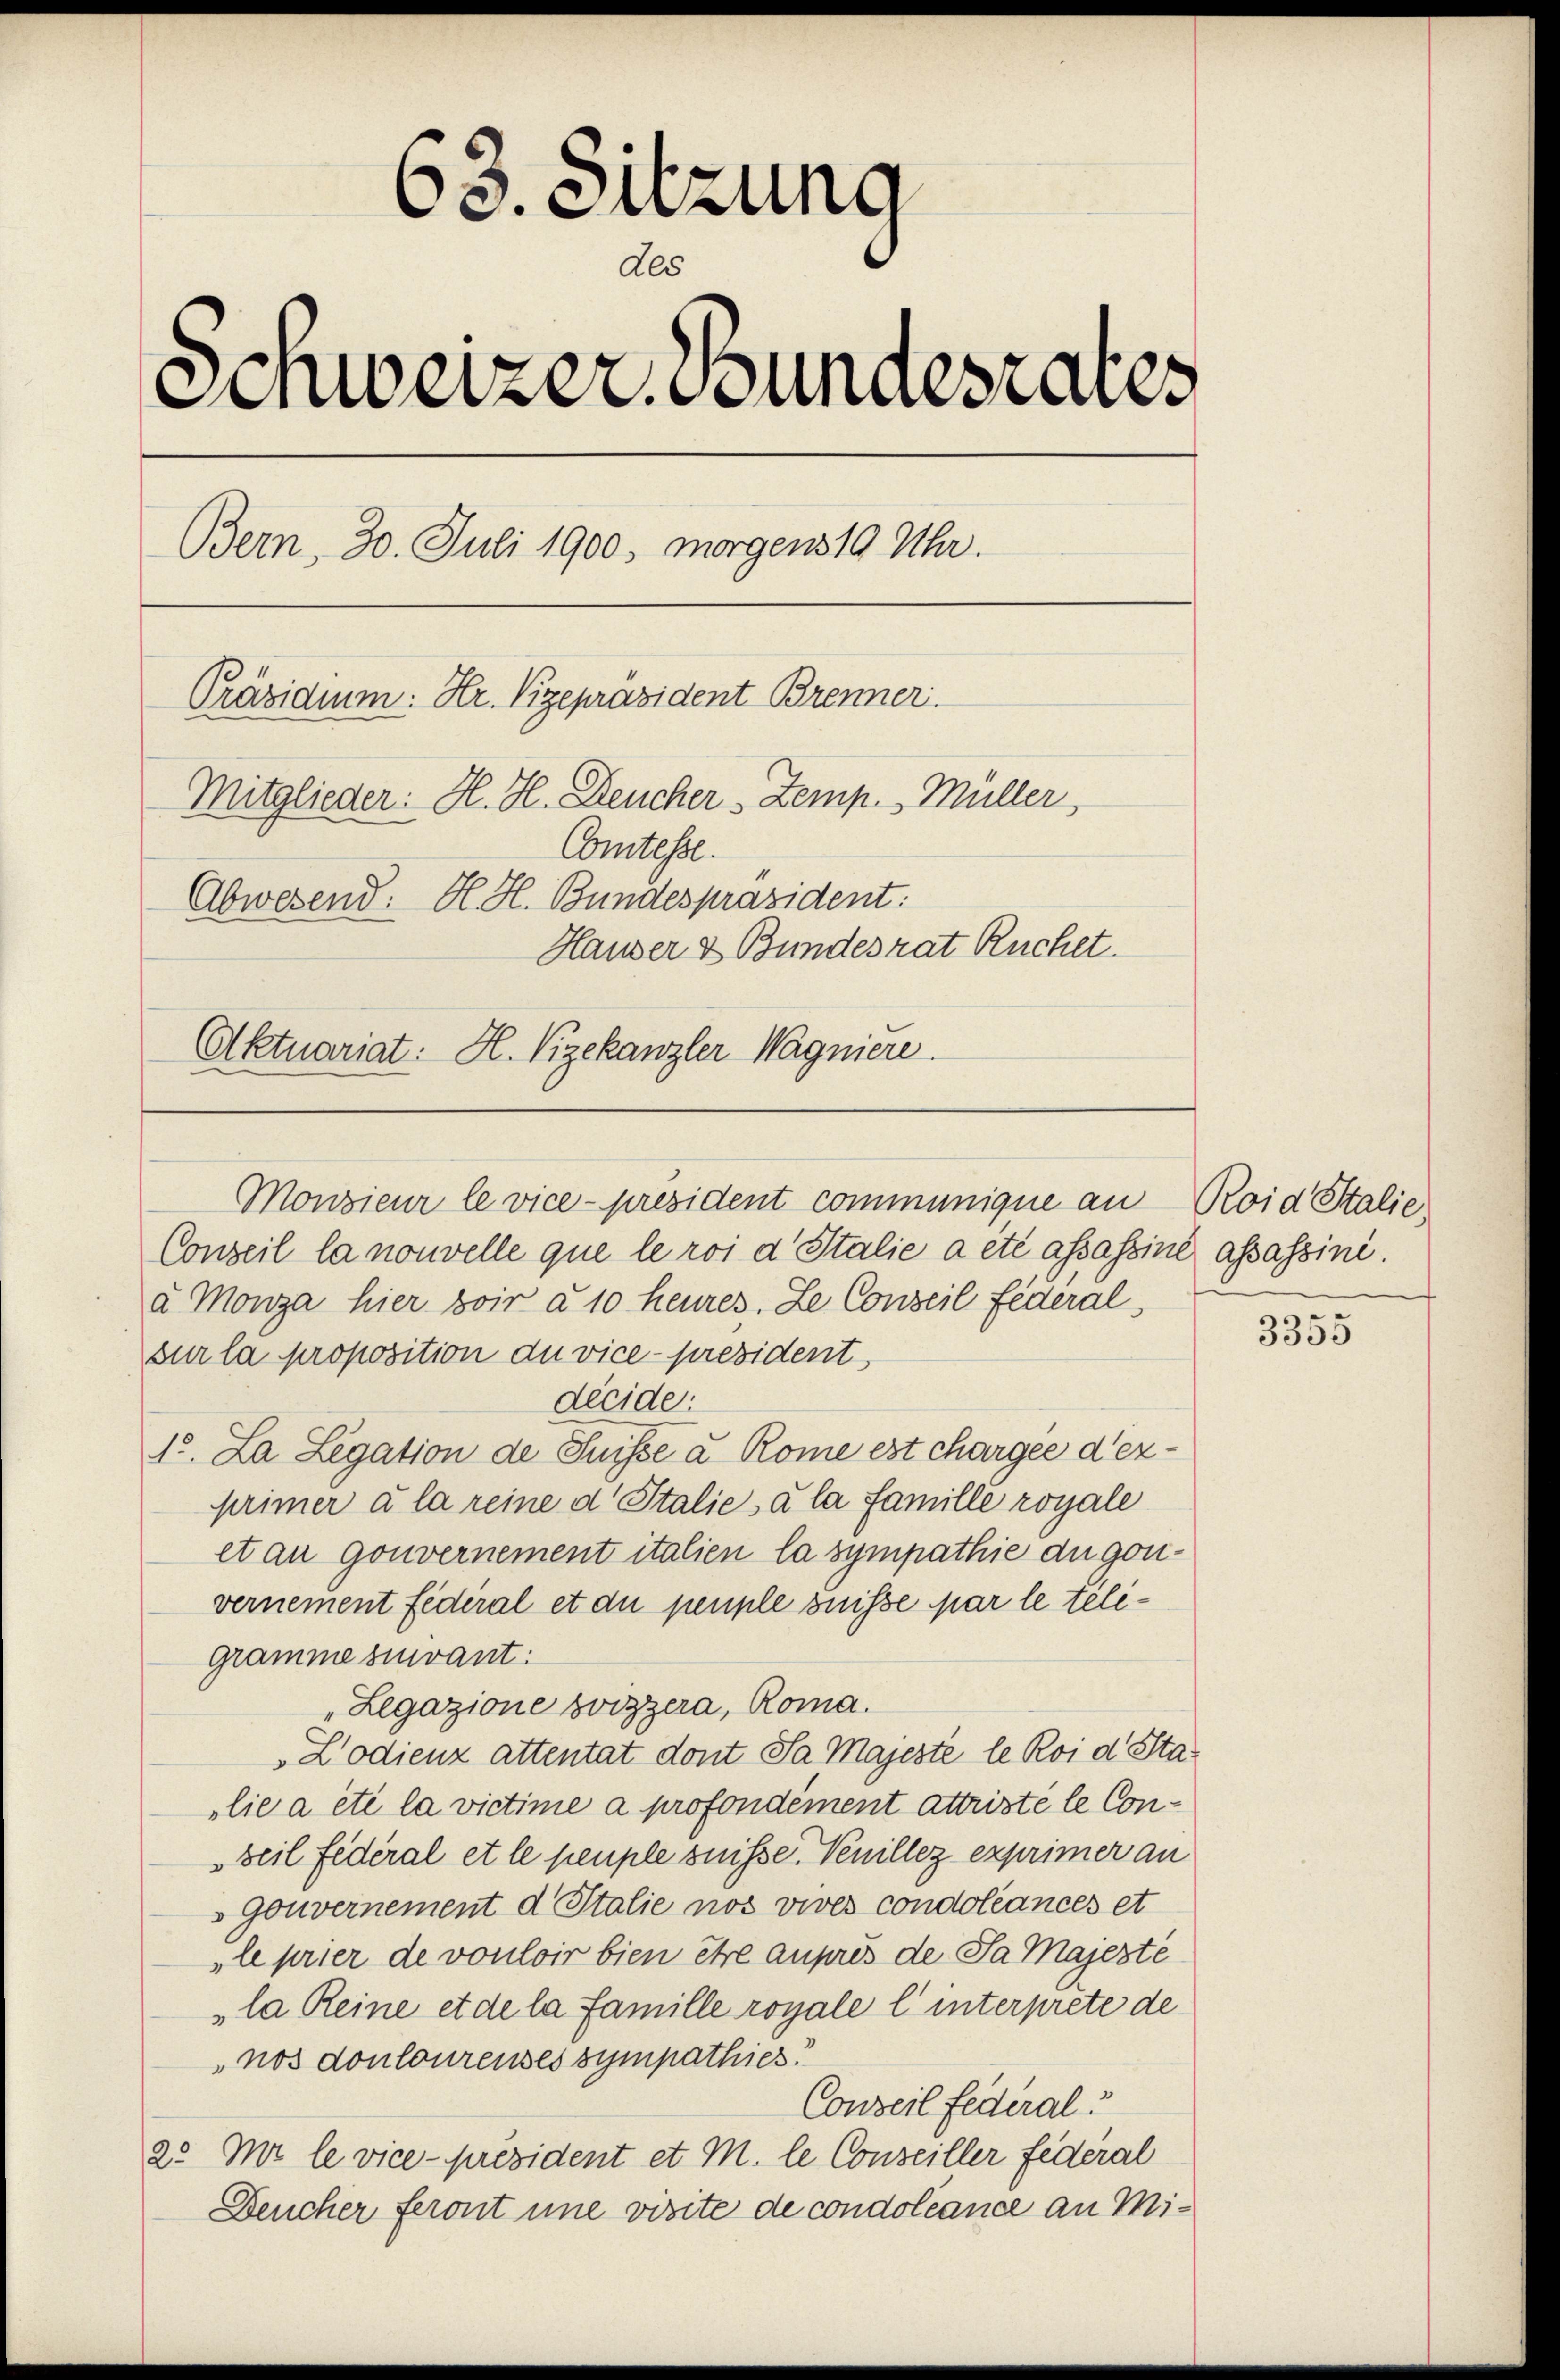
.
23. Suzung
des
Einweizer Bundesrates
Bern, 30. Juli 1900, morgens 10 Uhr.
Präsidium: Hr. Vizepräsident Brenner.
Mitglieder: H. H. Deucher - Zemp. Müller,
Comtesse.
Abwesend: H. H. Bundespräsident:
Hauser & Bundesrat Ruchet.
Aktuariat: H. Vizekanzler Wagniere.

Conseil la nouvelle que le roi d Stalie a été assassine assassini.
a Monza hier boir à 10 heures. Le Conseil Federal
sur la proposition du vice - president,
décide:
1. La Legation de Suisse u. Rome est chargée d’ezprimer à la reine d. Stalie à la famille royale
et an Gouvernement italien la sympathie du gouvernement federal et du peuple suisse par le teligramme siuvant:
„Legazione zwizzera, Roma.
Zodienz attentat dont Sa Majesté le Roi d Stalie a été la victime a profondément attristé le Conseil Federal et le peuple suisse. Venillez exprimer an
s Gouvernement d Stalie nos vives condoléances et
le prier de vouloir bien être auprès de Ja Majesté
la Reine et de la famille royale l’ interprete de
nos dontourenses sympathies.
Conseil Federal
2. Ma le vice-Präsident et M. le Conseiller Federal
Deucher feront une visite de condoléance an Mi¬

Monsieur le vice president communique an Roid Stalie

3355